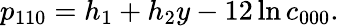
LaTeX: p_{110}=h_{1}+h_{2}y-12\ln c_{000}.